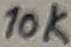
Text: 10K